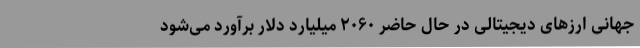
جهانی ارزهای دیجیتالی در حال حاضر ۲۰۶۰ میلیارد دلار برآورد می‌شود